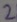
Text: 2